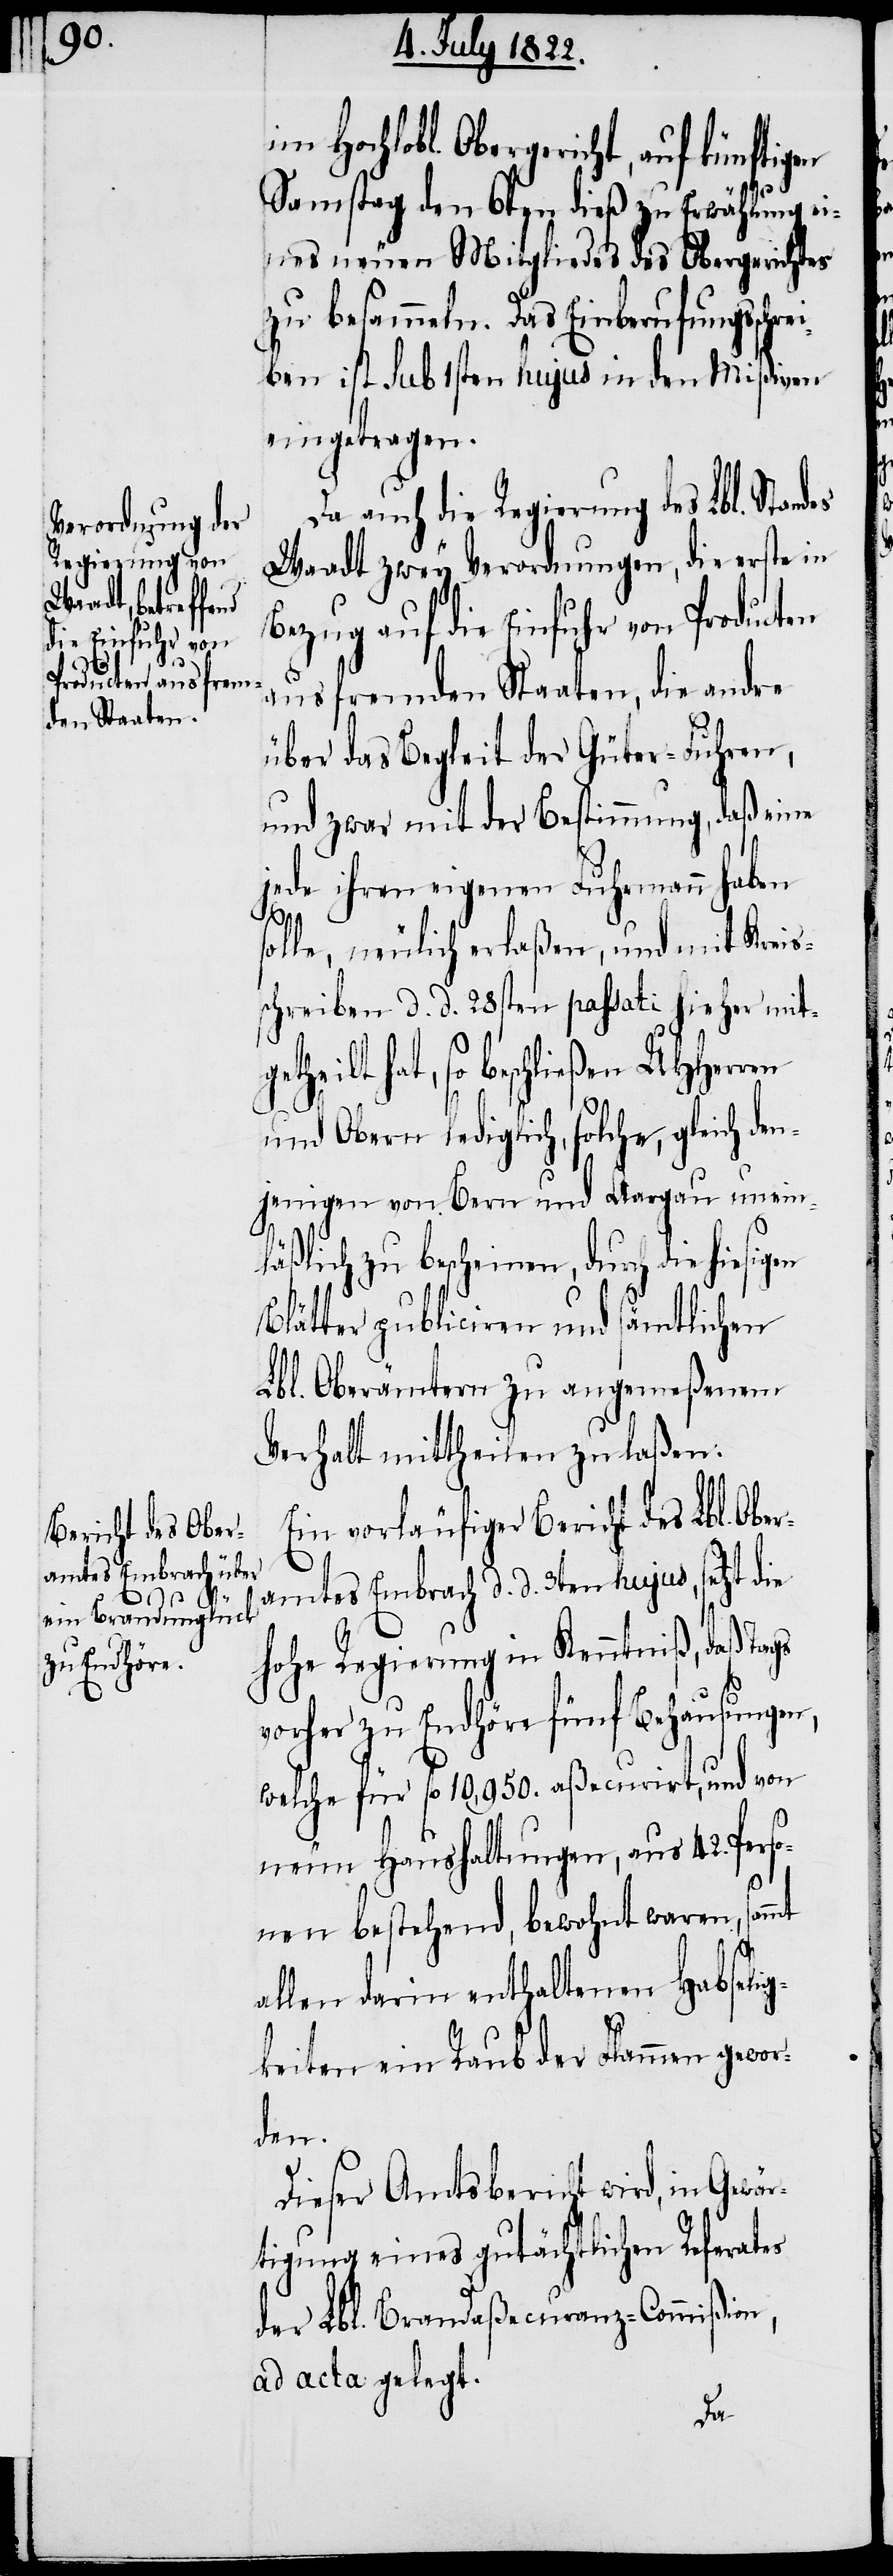
des

im Hochlobl. Obergericht, auf künftigen
Samstag den 6ten dieß zu Erwählung ei¬
nes neuen Mitgliedes des Obergerichtes
zu besammeln. Das Einberufungsschre¬
iben ist sub 1sten hujus in den Mißiven
eingetragen.
Da auch die Regierung des Lbl. Stan¬
Waadt zwey Verordnungen, die erste in
Bezug auf die Einfuhr von Producten
aus fremden Staaten, die andre
über das Begleit der Güter-Fuhren,
und zwar mit der Bestimmung, daß eine
jede ihren eigenen Fuhrmann haben
geth¬
solle, neulich erlaßen, und mit Kreis¬
schreiben d. d. 28sten passati hieher mit¬
eilt hat, so beschließen UHHerren
und Obern lediglich, solche, gleich den¬
jenigen von Bern und Aargau unein¬
läßlich zu bescheinen, durch die hiesigen
Blätter publiciren und sämtlichen
Lbl. Oberämtern zu angemeßenem
Verhalt mittheilen zu laßen.
Ein vorläufiger Bericht des Lbl. Ober¬
amtes Embrach d. d. 3ten hujus, setzt die
Hohe Regierung in Kenntniß, daß Tags
vorher zu Endhöre fünf Behausungen,
welche für fl. 10,950. aßecurirt, und von
neun Haushaltungen, aus 42. Perso¬
nen bestehend, bewohnt waren,
allen darin enthaltenen Habseli¬
gkeiten ein Raub der Flammen gewor¬
den.
Dieser Amtsbericht wird, in Gewär¬
tigung eines gutächtlichen Referates
der Lbl. Brandaßecuranz-Commißion,
ad acta gelegt.